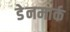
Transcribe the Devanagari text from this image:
डेेनमार्क